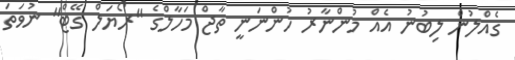
ގެއްލުން ލިބުނު އެއް މުންނާރު ހުންނަނީ ތާޖް މަހާލްގެ "ރޯޔަލް ގޭޓް" ނުވަތަ